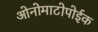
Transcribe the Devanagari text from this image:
ओनोमाटोपोईक